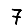
Digit: 7